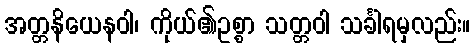
အတ္တနိယေနဝါ၊ ကိုယ်၏ဥစ္စာ သတ္တဝါ သင်္ခါရမှလည်း။